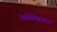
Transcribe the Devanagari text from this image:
ज्योतिषाला